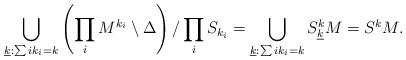
LaTeX: \begin{align*} \bigcup_{\underline{k}: \sum ik_i=k} \left( \prod_i M^{k_i} \setminus \Delta\right) / \prod_i S_{k_i} = \bigcup_{\underline{k}: \sum ik_i=k}S^k_{\underline{k}}M = S^k M.\end{align*}